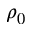
\rho _ { 0 }